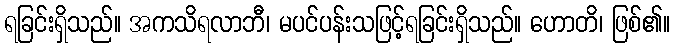
ရခြင်းရှိသည်။ အကသိရလာဘီ၊ မပင်ပန်းသဖြင့်ရခြင်းရှိသည်။ ဟောတိ၊ ဖြစ်၏။